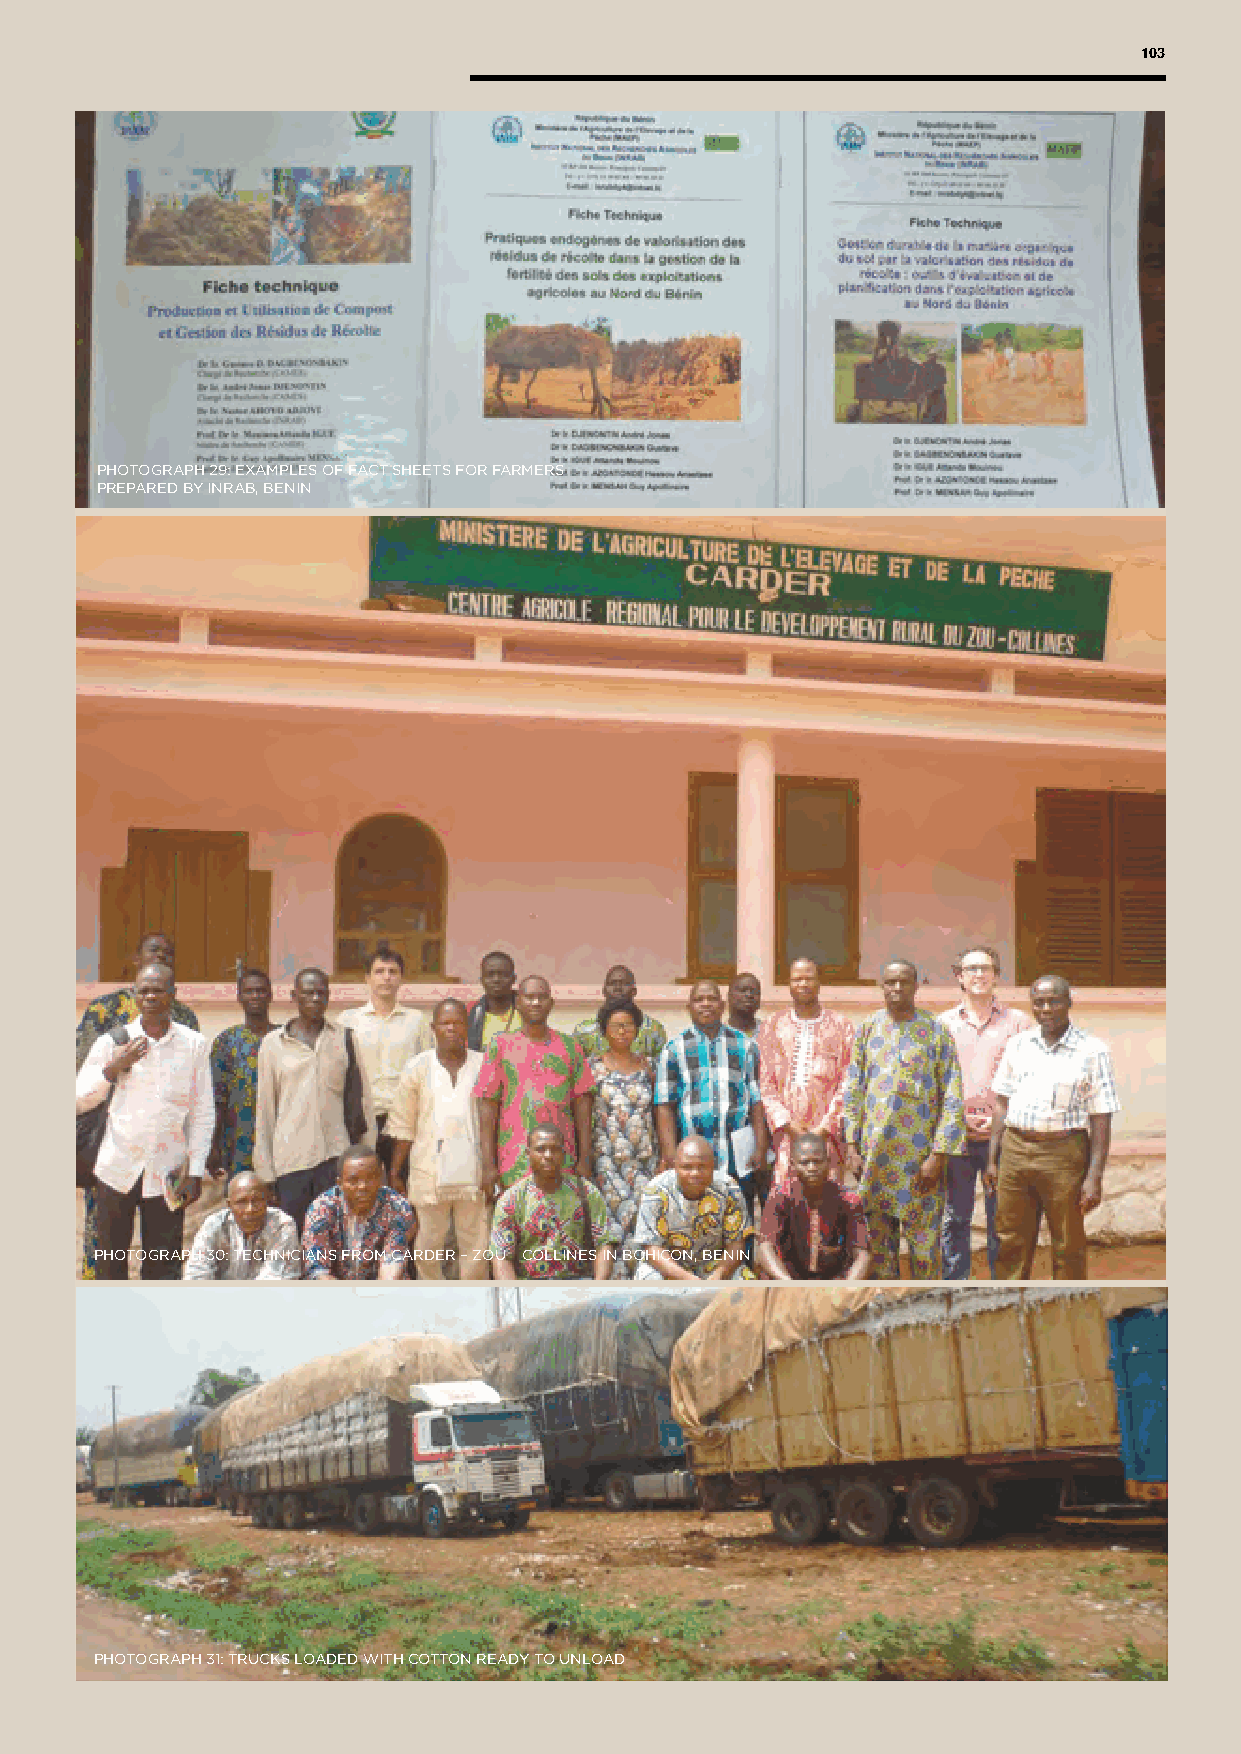
103
 PHOTOGRAPH 29: EXAMPLES OF FACT SHEETS FOR FARMERS
 PREPARED BY INRAB, BENIN
 PHOTOGRAPH 30: TECHNICIANS FROM CARDER – ZOU ─ COLLINES IN BOHICON, BENIN
 PHOTOGRAPH 31: TRUCKS LOADED WITH COTTON READY TO UNLOAD